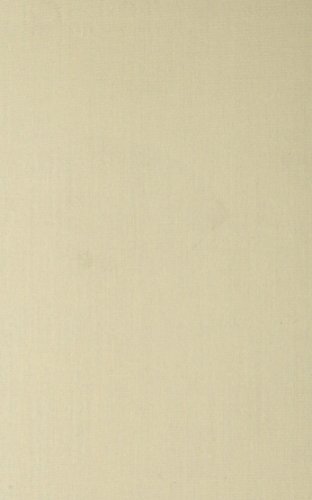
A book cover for A History of American Magazines, Volume II: 1850-1865; Frank Luther Mott; Crafts, Hobbies & Home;